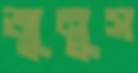
জুনুস